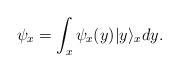
LaTeX: \begin{align*}\psi_{x}=\int_{x}\psi_{x}(y)|y\rangle_{x}dy. \end{align*}